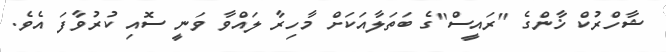
ޝާހްރުކް ޚާންގެ "ރައީސް"ގެ ބަތަލާއަކަށް މާހިރާ ލައްވާ ވަނީ ސޮއި ކުރުވާފަ އެވެ.